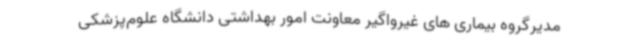
مدیرگروه بیماری های غیرواگیر معاونت امور بهداشتی دانشگاه علوم‌پزشکی